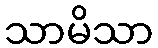
သာမိသာ